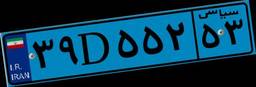
۴۹D۶۰۰۳۶